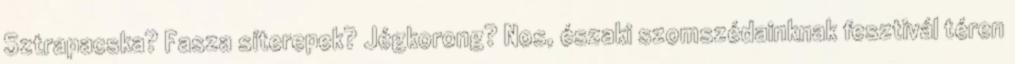
Sztrapacska? Fasza síterepek? Jégkorong? Nos, északi szomszédainknak fesztivál téren